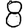
Digit: 8